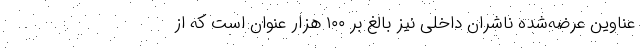
عناوین عرضه‌شده ناشران داخلی نیز بالغ بر ۱۰۰ هزار عنوان است که از